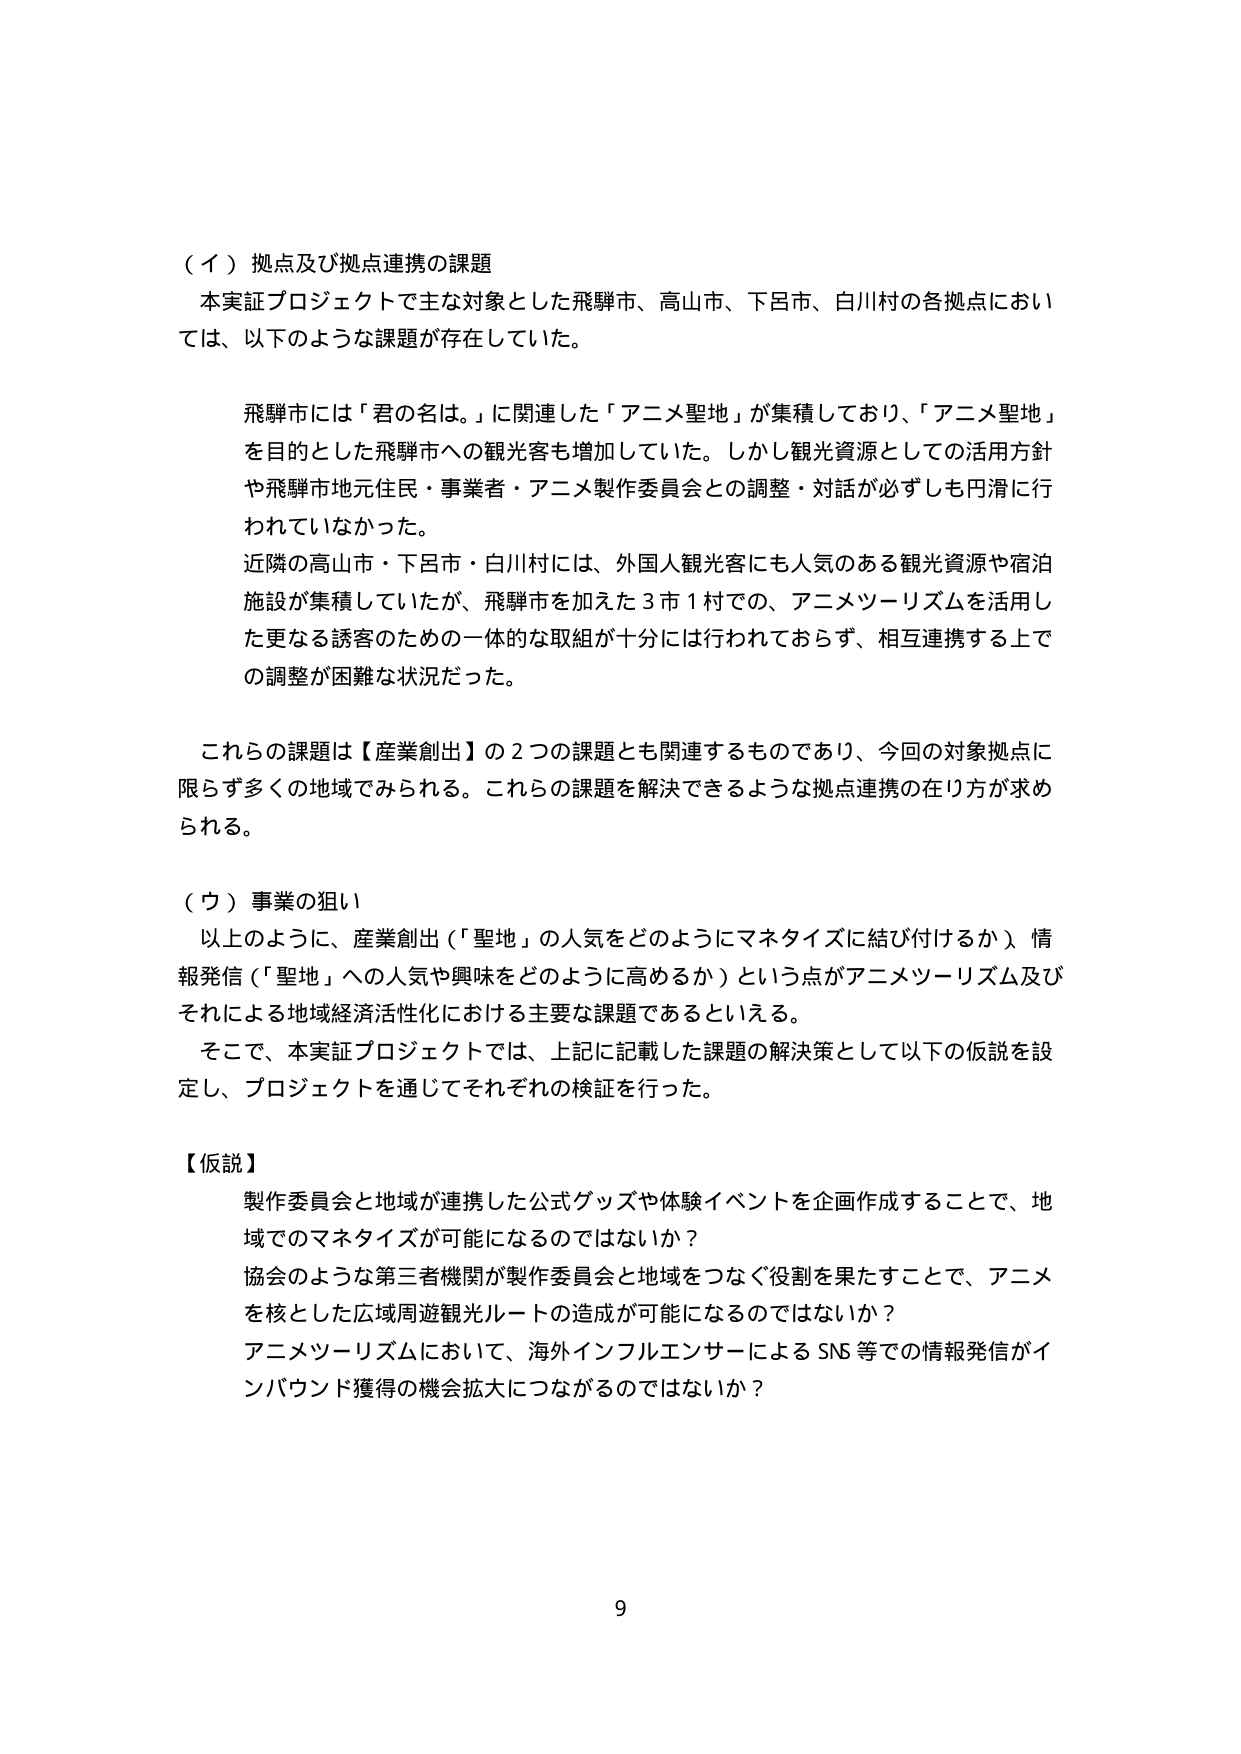
（イ）拠点及び拠点連携の課題
本実証プロジェクトで主な対象とした飛騨市、高山市、下呂市、白川村の各拠点においては、以下のような課題が存在していた。

飛騨市には「君の名は。」に関連した「アニメ聖地」が集積しており、「アニメ聖地」を目的とした飛騨市への観光客も増加していた。しかし観光資源としての活用方針や飛騨市地元住民・事業者・アニメ製作委員会との調整・対話が必ずしも円滑に行われていなかった。
近隣の高山市・下呂市・白川村には、外国人観光客にも人気のある観光資源や宿泊施設が集積していたが、飛騨市を加えた３市１村での、アニメツーリズムを活用した更なる誘客のための一体的な取組が十分には行われておらず、相互連携する上での調整が困難な状況だった。

これらの課題は【産業創出】の２つの課題とも関連するものであり、今回の対象拠点に限らず多くの地域でみられる。これらの課題を解決できるような拠点連携の在り方が求められる。

（ウ）事業の狙い
以上のように、産業創出（「聖地」の人気をどのようにマネタイズに結び付けるか）、情報発信（「聖地」への人気や興味をどのように高めるか）という点がアニメツーリズム及びそれによる地域経済活性化における主要な課題であるといえる。
そこで、本実証プロジェクトでは、上記に記載した課題の解決策として以下の仮説を設定し、プロジェクトを通じてそれぞれの検証を行った。

【仮説】
製作委員会と地域が連携した公式グッズや体験イベントを企画作成することで、地域でのマネタイズが可能になるのではないか？
協会のような第三者機関が製作委員会と地域をつなぐ役割を果たすことで、アニメを核とした広域周遊観光ルートの造成が可能になるのではないか？
アニメツーリズムにおいて、海外インフルエンサーによるSNS等での情報発信がインバウンド獲得の機会拡大につながるのではないか？

9